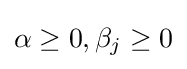
\alpha \geq 0,\beta _{j}\geq 0